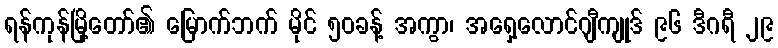
ရန်ကုန်မြို့တော်၏ မြောက်ဘက် မိုင် ၅၀ခန့် အကွာ၊ အရှေ့လောင်ဂျီကျုဒ် ၉၆ ဒီဂရီ ၂၉